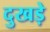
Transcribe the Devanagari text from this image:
दुखड़े